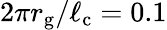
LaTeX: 2\pi r_{\mathrm{g}}/\ell_{\mathrm{c}}=0.1